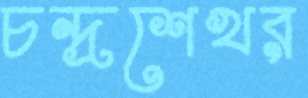
চন্দ্রশেখর